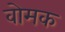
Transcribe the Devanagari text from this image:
वोमक